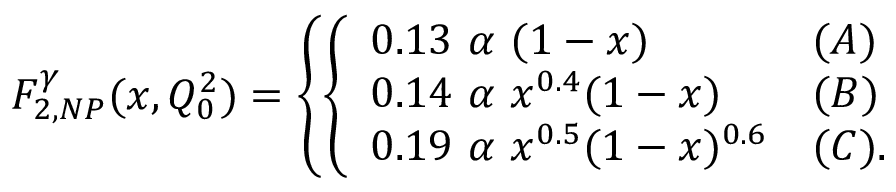
F _ { 2 , N P } ^ { \gamma } ( x , Q _ { 0 } ^ { 2 } ) = \left\{ \left\{ \begin{array} { l l } { { 0 . 1 3 ~ \alpha ~ ( 1 - x ) } } & { { ( A ) } } \\ { { 0 . 1 4 ~ \alpha ~ x ^ { 0 . 4 } ( 1 - x ) } } & { { ( B ) } } \\ { { 0 . 1 9 ~ \alpha ~ x ^ { 0 . 5 } ( 1 - x ) ^ { 0 . 6 } } } & { { ( C ) . } } \end{array} \right. \right.